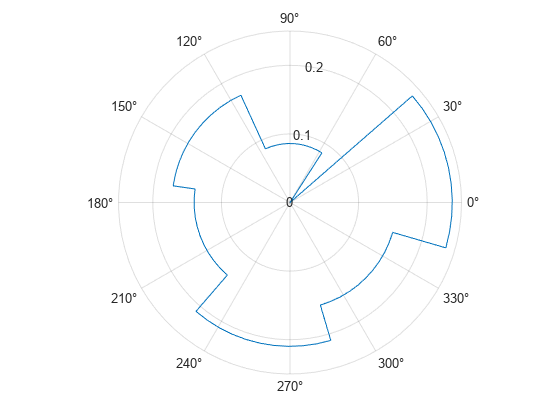
matlab, figure, polarhistogram